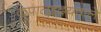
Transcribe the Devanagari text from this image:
कृपालुहृदयवाले